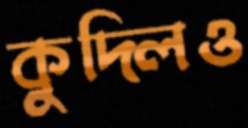
কুদ্‌লিও